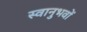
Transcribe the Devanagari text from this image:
स्वानुभवों